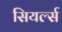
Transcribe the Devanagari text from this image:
सियर्ल्स